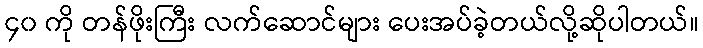
၄၀ ကို တန်ဖိုးကြီး လက်ဆောင်များ ပေးအပ်ခဲ့တယ်လို့ဆိုပါတယ်။